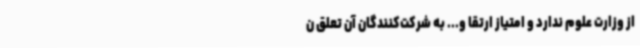
از وزارت علوم ندارد و امتیاز ارتقا و... به شرکت‌کنندگان آن تعلق ن